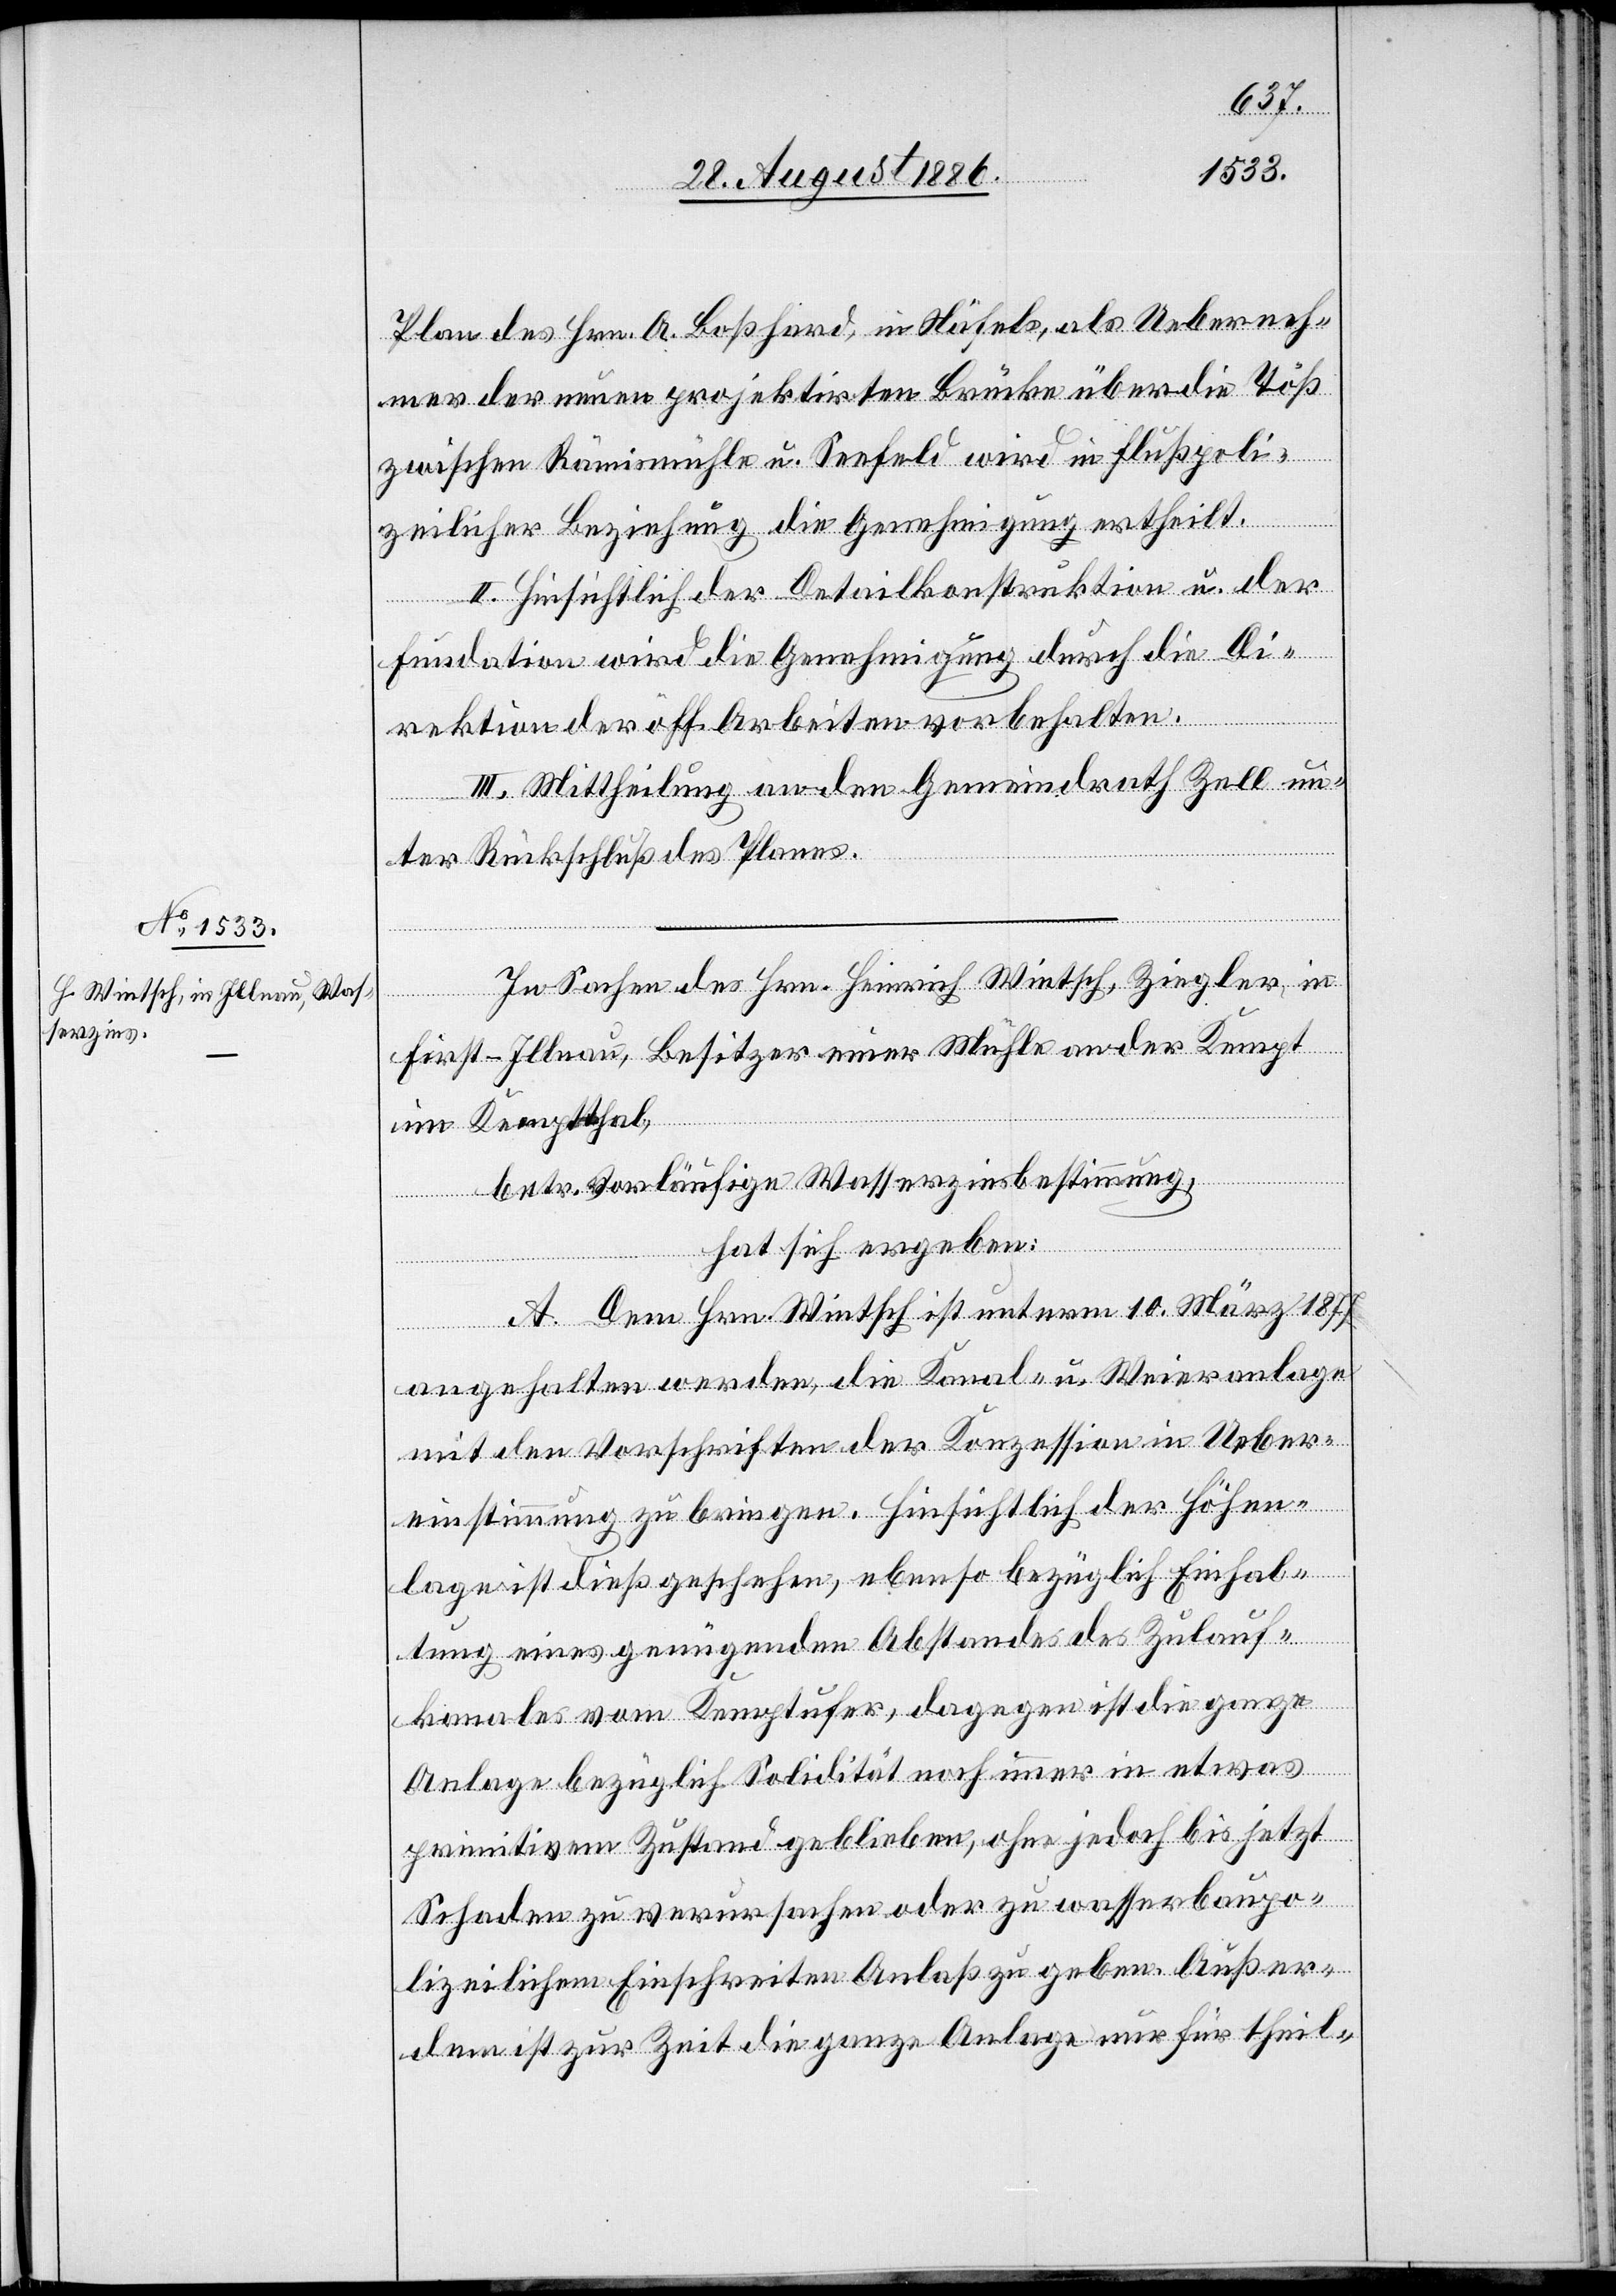
10.
1877
Plan des Hrn. A. Boßhard, in Näfels, als Ueberneh¬
mer der neuen projektirten Brücke über die Töß
zwischen Rämismühle u. Seefeld wird in flußpoli¬
zeilicher Beziehung die Genehmigung ertheilt.
II. Hinsichtlich der Detailkonstruktion u. der
unterm
Fundation wird die Genehmigung durch die Di¬
rektion der öff. Arbeiten vorbehalten.
III. Mittheilung an den Gemeindrath Zell un¬
ter Rückschluß des Planes.
In Sachen des Hrn. Heinrich Wintsch, Ziegler, in
First - Illnau, Besitzer einer Mühle an der Kempt
im Kemptthal,
betr. vorläufige Wasserzinsbestimmung,
hat sich ergeben:
angehalten worden, die Kanal- u. Weieranlage
mit den Vorschriften der Konzession in Ueber¬
einstimmung zu bringen. Hinsichtlich der Höhen¬
lage ist dieß geschehen, ebenso bezüglich Einhal¬
tung eines genügenden Abstandes des Zulauf¬
kanales vom Kemptufer, dagegen ist die ganze
Anlage bezüglich Solidität noch immer in etwas
primitivem Zustand geblieben, ohne jedoch bis jetzt
Schaden zu verursachen oder zu wasserbaupo¬
lizeilichem Einschreiten Anlaß zu geben. Außer¬
dem ist zur Zeit die ganze Anlage nur für theil-